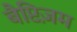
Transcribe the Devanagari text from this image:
बैप्टिज़म